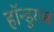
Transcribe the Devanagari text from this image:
हॉन्डुरास